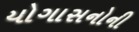
યોગાસનોની